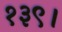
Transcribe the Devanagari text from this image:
१३९।